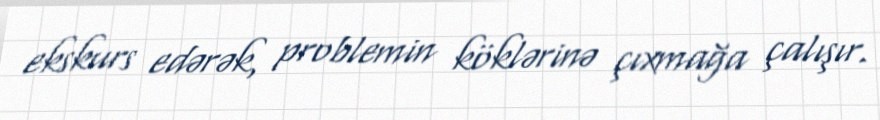
ekskurs edərək, problemin köklərinə çıxmağa çalışır.